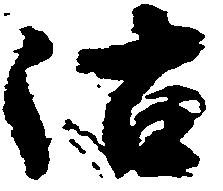
沽